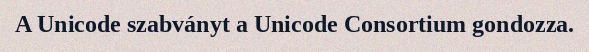
A Unicode szabványt a Unicode Consortium gondozza.